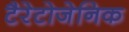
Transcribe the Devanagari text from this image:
टैरेटोजेनिक